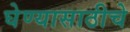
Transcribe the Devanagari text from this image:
घेण्यासाठीचे